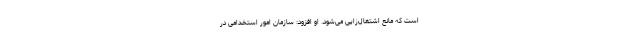
است که مانع اشتغال‌زایی می‌شود. او افزود: سازمان امور استخدامی در